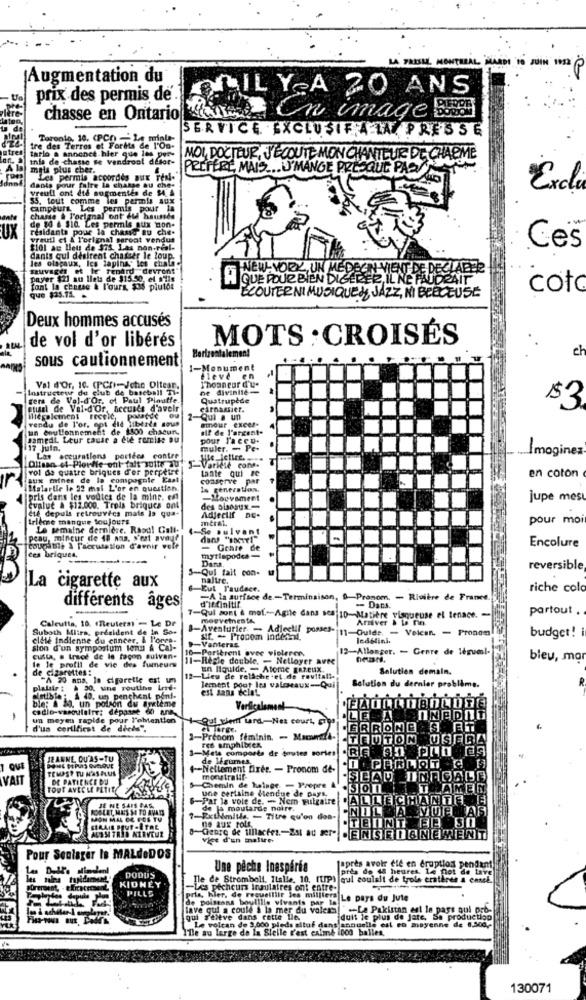
LA FRISEL MONTERAL "LARDI 10 JUIN 1952
Augmentation du
ILY A 20 ANS
prix des permis de'.
chasse en Ontario
Cm image Bs
SERVICE EXCLUSIF A LA PRESSE
Toronto, 10. (PCn) - Le minla-
tre des Terres et Forits de l'On-
tario a annonce hier que les per
Inda de chasse se vendront desor-
MOI, DOCTEUR, J'ÉCOUTE MON CHANTEUR DE CHARME
myla plus cher.
PREFERE, MAIS ... U'MANGE PRESQUE PAS
Les permis accordés aux ves
vreull ont été augmentes de 54 4
dants pour faire La chasse au che-
Excli
$5. tout comme les permis aux
ampeurs Les permis pour la
chame & T'orignal ont eu haussde
UX
de 80 6 sio. Les permis aux mon-
résidanta pour la chasse au che-
vreull et & T'orignal gareat vendus
Ces
$lol au lieu de $7s. Las non.real-
dants qui désirent chasser le loup
les olocaux, les tapihay les chalne
muvages et le renard devrons"
NEW-YORK, UN MEDECIN VIENT DE DECLARES
payer $2) su llets de $15.50, et ails
H QUE POUR BIEN DIGERER, IL NE FAUDRAIT
font la chatse & l'ours, $35 pluton
coto
que $35.71.
ÉCOUTER NI MUSIQUES, JAZZ, NI BERCEUSE
Deux hommes accusés
de vol d'or libérés
MOTS : CROISÉS
ch
sous cautionnement
Horizontalement
1-Monument
fleve en
Instructeur du club de baseball Ti:
Val d'or, 10. (PChi-Jche Oltear.
Thoancur d'u-
ne divinité-
gers de Val-d'Or, et Paul Ploutie-
Quatrupede
itusel de Val-d'Or, accusés d'avoir
carnassier.
$3
Miegalement recele, Posse
rendu de l'or, opt did liberls sous
2-Qui a un
amour excer.
un bout!onnement de 1300 chacun.
alf de l'argent-
samedi. Leur cause a été remise ou
pour Jacco.
17 Juin.
muler. - Pe-
Imaginez
Las acturations portées contre
Oltsan et-Plouffe ont falt volte Ju
vol de quatre briques d'er perpetre
-Variele cons-
tante qui se
en coton
aux mines de la compagnie Kast
conserve par
Lalarlle le 22 mal L'or en question.
Is generation.
pris dans les voutes de la minr. ex
-Mouvement
jupe mest
Evalue & $12.000. Trois briques ont
ctf depuls retrouvecs mais is qua-
Adjectif
Irlemne manque toujours
pour moi
La semaine dernière. Rape! Call-
se suivent
Peau, mincur de 48 ana, s'est avoue
Encolure
ces briques,
courante à l'accusation d'avoir vole
- Genre de
Dara.
-Qui fait con-
reversible
naltre.
La cigarette aux
Eut Faudace.
riche colo
-A la surface de-Terminaison, 9-Pronom. - Rivière de France
d'icialtir
différents âges
- Dans.
partout .
-Qui sont à mot .-- Agile dans sca 10-Matière visqueuse el tenace. -
mouvemente.
Arriver & B na
Suboth Mlira, président de in So-
Calcutta, 10. (Reuters) - Le Dr
B-Aventurier - Adjectif posses-
11-Guide. - Velcan. - Pronom
budget!
elele indienne du enneer. & P'ores.
str. - Procom Indemal.
ledetini.
sion d'un symposium tomu A Cal-
-Vanteras
Portbrent avec vielerer.
12-Allonger. - Genre de léguml-
custa, . trace de le façon suivan-
11-Recie double. - Nelloyer avec
bleu, mar
le le profil de vie des fumeurs
de cigarettes:
un liquide. - Atome gazeux.
Salutien demain.
"A 20 ans, le cigarette est um
12-Lieu de relâche .et de revitali-
30. une routine Let-
Jement poot les valoeaux-Qui
est sans telet
Solution du dernier problème.
Die: & 2. un polson du système
plaisir . 10. un penchent pont.
detible
codlo-vasoulalte: dépasse 60 ans
un meyen rapide pour l'obtention
Qui tient tard-Nes court, grip
d'un corilfirst de diels".
el laree.
.GRRONG S ET
1-Prénom fiminin. - Macometa-
1-Mets comporta de toutes sortes RE AI Pn 39
Fes amphibien,
JEANNE QU'AS-TU
de légumes
TEMPST TU N'ASPLUS
4 -- Nettement fixer. - Pronom de-
VAIT
DE PATIENCE DU
mostralif-
.SEAD INAGAGA
TOUT AVEC LE PETIT
Chemin de halage - Propre &
une certaine dendue de Days.
TEAMEIN
-Par la vole de. - Nem vulgaire
AILILIEICHIAINTIEME
DOLET, MUS $ TO AVAD
de la moutarde noire.
NILLA MUEMAS
MON MAL CE FOS TU
7-Extmills, - Titre qu'on dos-
ne aux rolt
CERAIS PEUT -ETRE
TID NERVEUX
O-Genre de tillactes .- Est au ser-
vice d'un mature-
.ENISE D & NEWENIT
Pour Soulager Is MALdeDOS
Une pêche Inespéréa
faprès avoir ele en eruptions pendant
pres de 48 heures, le fot de lave
KIDNEY
DODDS
lle de Stromboli, Italie, 10. (UP) |aul coulalt de trola cratères a ennek.
. PILLS
-Les pecheurs insulaires ont entre-
depuis
de poistans boy
ris, hler, de resuel
recueillir les milliers Le pays du Jute
lave qui a coule à la mer du voler- .- La Pakistan est le pars oul ost-
bouillie vivants par lol
qui Feltve dans cette lle
dult le plus de jare, Sa production
Ille au large de la Sielle r'est calme inco balles,
Le volcan de 3,000 pleds altof dans annuelle est en moyenne de 8.300 ,-
130071